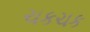
ચકચક